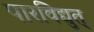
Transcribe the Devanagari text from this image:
पारविद्युत्